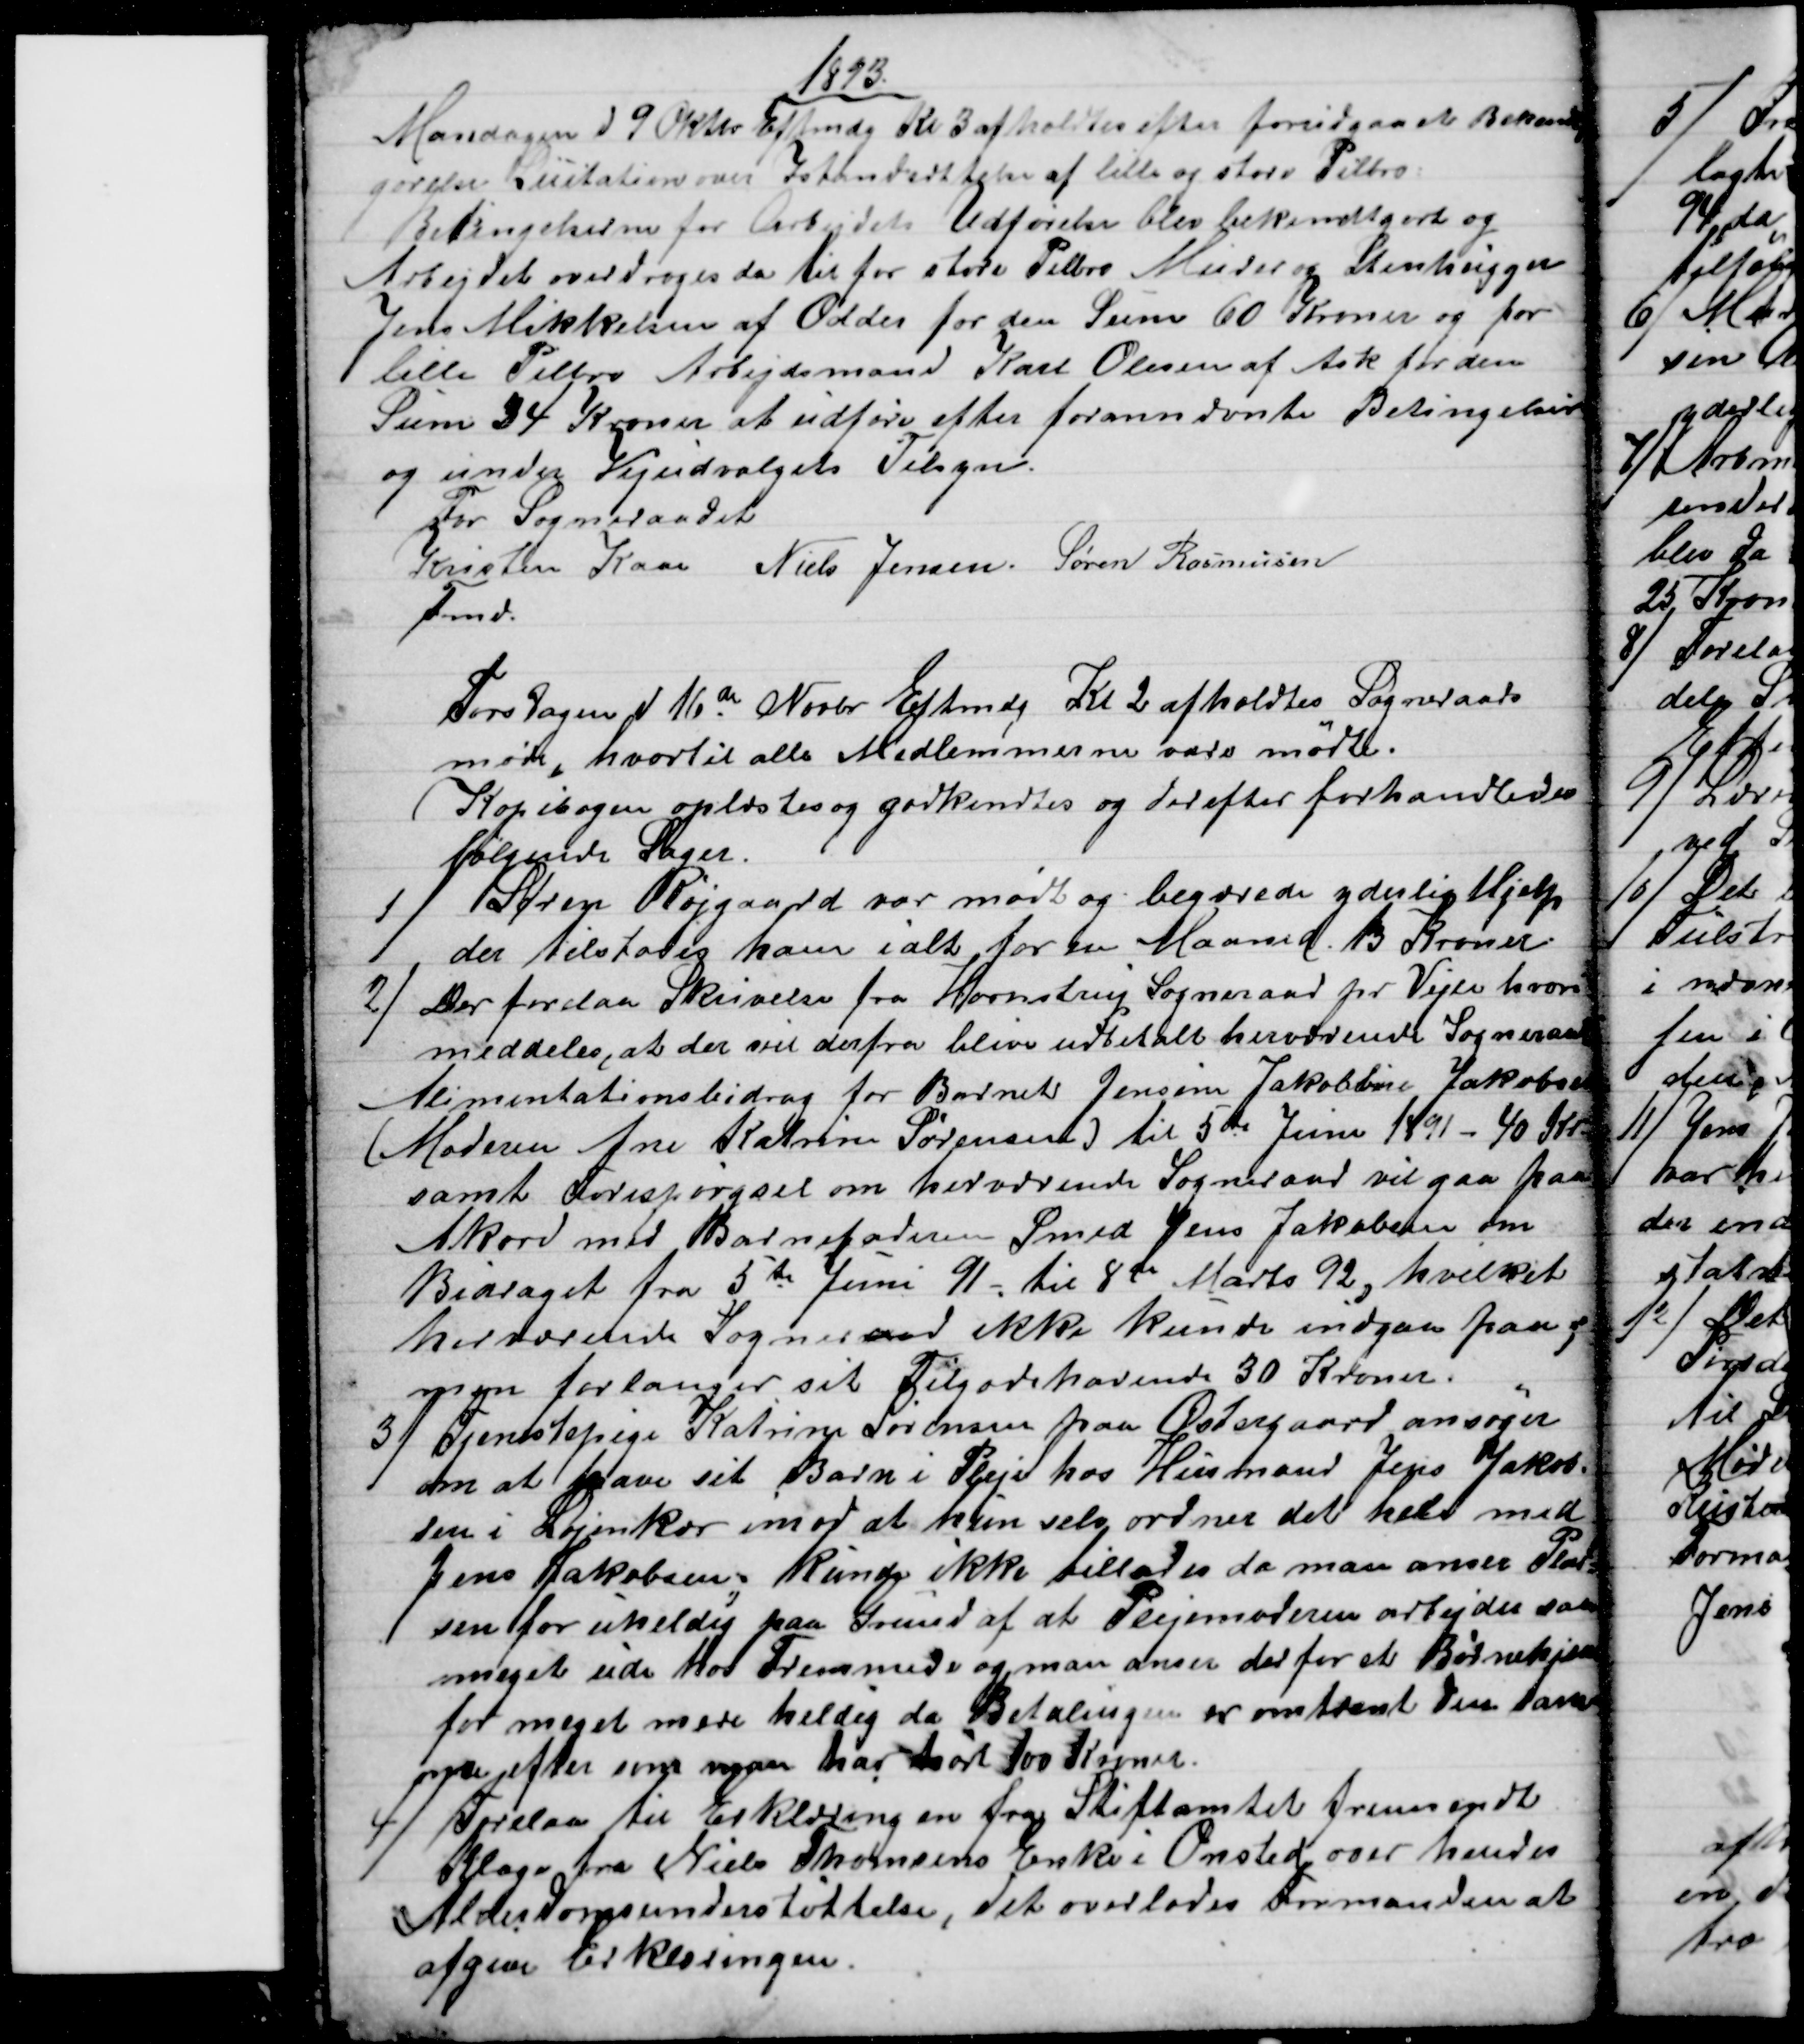
Transskription:
1893.
Mandagen d. 9 Oktbr Eftmdg Kl 3 afholdtes efter forudgaaet Bekendt
gørelse Licitation over Istandsættelse af lille og store Pilbro:
Betingelserne for Arbejdets Udførelse blev bekendtgjort og
Arbejdet overdroges da til for store Pilbro Murer og Stenhugger
Jens Mikkelsen af Odder for den Sum 60 Kroner og for
lille Pilbro Arbejdsmand Karl Olesen af Ask for den
Sum 34 Kroner at udføre efter forannævnte Betingelser
og under Vejudvalgets Tilsyn.
For Sogneraadet
Kristen Kaae 
Fmd.
Niels Jensen. Søren Rasmussen
Torsdagen d 16de Novbr Eftrmdg Kl 2 afholdtes Sogneraads
møde, hvortil alle Medlemmerne vare mødte.
Kopibogen oplæstes og godkendtes og derefter forhandledes
følgende Sager.
1) 
Søren Røjgaard var mødt og begærede yderlig Hjelp
der tilstodes ham ialt for en Maaned 13 Kroner
2) 
Der forelaa Skrivelse fra Hornstrup Sogneraad pr Vejle hvori
meddeles, at der vil derfra blive udbetalt herværende Sogneraad
Alimentationsbidrag for Barnet Jensine Jakobbine Jakobsen
(Moderen Ane Katrine Sørensen) til 5te Juni 1891 - 40 Kr.
samt Forespørgsel om herværende Sogneraad vil gaa paa
Akord med Barnefaderen Smed Jens Jakobsen om
Bidraget fra 5te Juni 91 - til 8de Marts 92, hvilket
herværende Sogneraad ikke kunde indgaa paa; 
men forlanger sit Tilgodehavende 30 Kroner.
3) 
Tjenestepige Katrine Sørensen paa Østergaard ansøger
om at have sit Barn i Pleje hos Husmand Jens Jakob-
sen i Løjenkær imod at hun selv ordner det hele med
Jens Jakobsen; kunde ikke tillades da man anser Plad-
sen for uheldig paa Grund af at Plejemoderen arbejder saa
meget ude hos Fremmede og man anser derfor et Børnehjem
for meget mere heldig da Betalingen er omtrent den sam-
me efter som man har hørt 100 Kroner.
4) 
Forelaa til Erklæring en fra Stiftamtet fremsendt
Klage fra Niels Thomsens Enke i Onsted over hendes
Alderdomsunderstøttelse, det overlodes Formanden at
afgive Erklæringen.